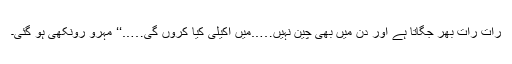
رات رات بھر جگاتا ہے اور دن میں بھی چین نہیں…..میں اکیلی کیا کروں گی…..‘‘ مہرو رونکھی ہو گئی۔